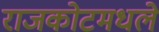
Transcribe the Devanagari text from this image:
राजकोटमधले